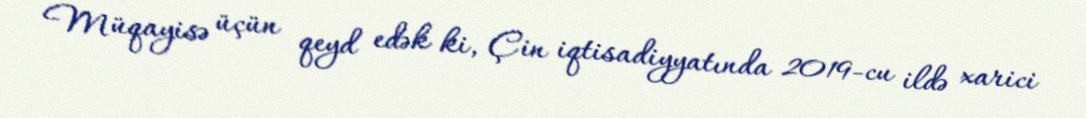
Müqayisə üçün qeyd edək ki, Çin iqtisadiyyatında 2019-cu ildə xarici